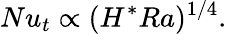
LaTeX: Nu_{t}\propto(H^{*}Ra)^{1/4}.